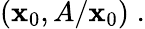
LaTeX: (\mathbf{x}_{0},A/\mathbf{x}_{0})\; .